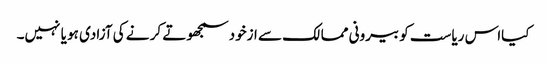
کیااس ریاست کو بیرونی ممالک سے ازخود سمجھوتے کر نے کی آزادی ہو یا نہیں۔